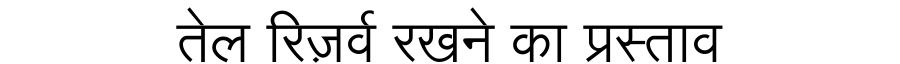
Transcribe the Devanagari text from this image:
तेल रिज़र्व रखने का प्रस्ताव